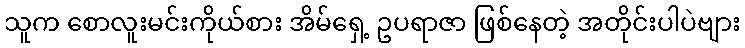
သူက စောလူးမင်းကိုယ်စား အိမ်ရှေ့ ဥပရာဇာ ဖြစ်နေတဲ့ အတိုင်းပါပဲဗျား